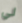
لي